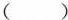
( )